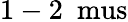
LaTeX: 1-2~\mathrm{\ mus}